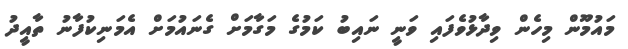
މައުމޫން މިހެން ވިދާޅުވެފައި ވަނީ ނައިބު ކަމުގެ މަގާމަށް ގެނައުމަށް އެމަނިކުފާނު ތާއީދު